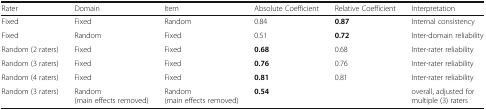
<table><thead><tr><td><b>Rater</b></td><td><b>Domain</b></td><td><b>Item</b></td><td><b>Absolute Coefficient</b></td><td><b>Relative Coefficient</b></td><td><b>Interpretation</b></td></tr></thead><tbody><tr><td>Fixed</td><td>Fixed</td><td>Random</td><td>0.84</td><td><b>0.87</b></td><td>Internal consistency</td></tr><tr><td>Fixed</td><td>Random</td><td>Fixed</td><td>0.51</td><td><b>0.72</b></td><td>Inter-domain reliability</td></tr><tr><td>Random (2 raters)</td><td>Fixed</td><td>Fixed</td><td><b>0.68</b></td><td>0.68</td><td>Inter-rater reliability</td></tr><tr><td>Random (3 raters)</td><td>Fixed</td><td>Fixed</td><td><b>0.76</b></td><td>0.76</td><td>Inter-rater reliability</td></tr><tr><td>Random (4 raters)</td><td>Fixed</td><td>Fixed</td><td><b>0.81</b></td><td>0.81</td><td>Inter-rater reliability</td></tr><tr><td>Random (3 raters)</td><td>Random (main effects removed)</td><td>Random (main effects removed)</td><td colspan="2"><b>0.54</b></td><td>overall, adjusted for multiple (3) raters</td></tr></tbody></table>